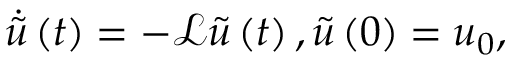
\dot { \tilde { u } } \left( t \right) = - \mathcal { L } \tilde { u } \left( t \right) , \tilde { u } \left( 0 \right) = u _ { 0 } ,